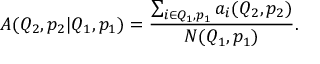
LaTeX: A ( Q _ { 2 } , p _ { 2 } | Q _ { 1 } , p _ { 1 } ) = \frac { \sum _ { i \in Q _ { 1 } , p _ { 1 } } a _ { i } ( Q _ { 2 } , p _ { 2 } ) } { N ( Q _ { 1 } , p _ { 1 } ) } .